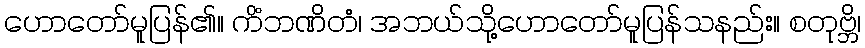
ဟောတော်မူပြန်၏။ ကိံဘဏိတံ၊ အဘယ်သို့ဟောတော်မူပြန်သနည်း။ စတုဗ္ဘိ၊